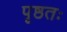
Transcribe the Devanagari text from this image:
पृष्ठतः